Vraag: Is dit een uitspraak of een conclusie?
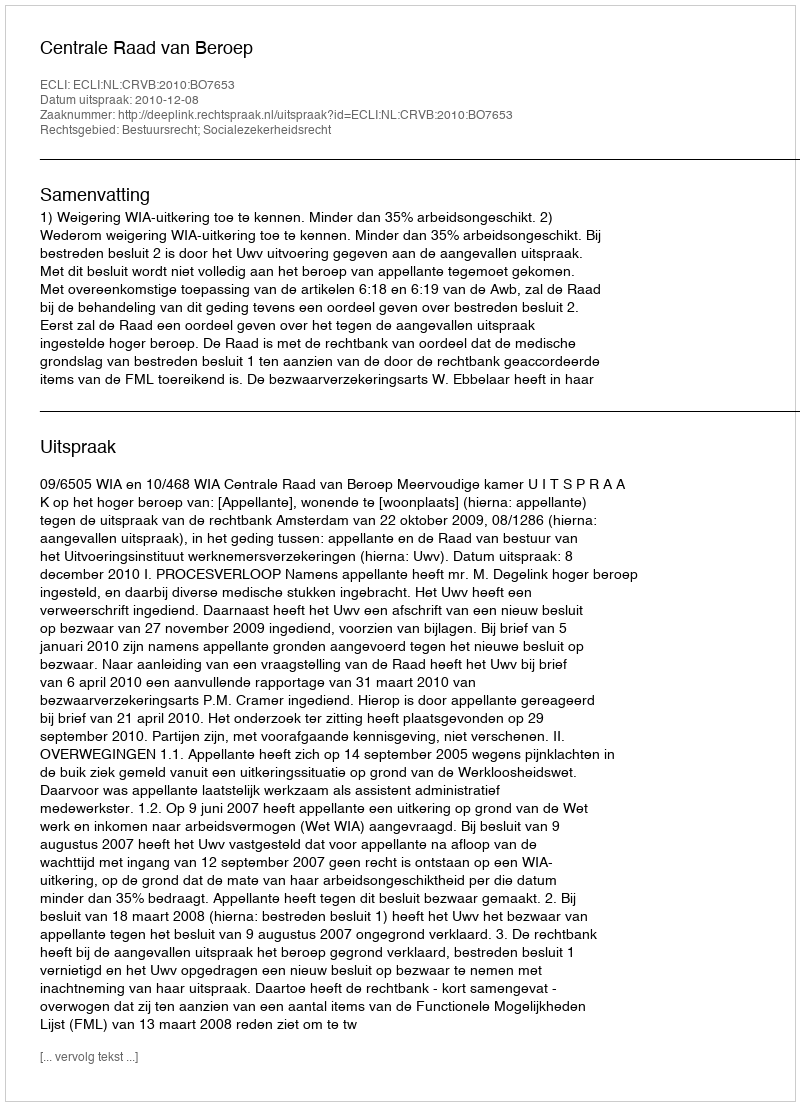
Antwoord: Uitspraak